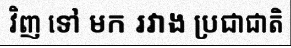
វិញ ទៅ មក រវាង ប្រជាជាតិ